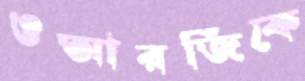
ওআরজিকে